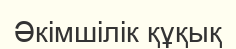
Әкімшілік құқық